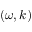
( \omega , k )